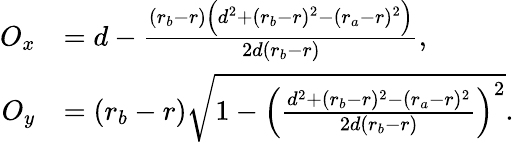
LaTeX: \begin{array}{rl}{O_{x}}&{=d-\frac{(r_{b}-r)\Big(d^{2}+(r_{b}-r)^{2}-(r_{a}-r)^{2}\Big)}{2d(r_{b}-r)},}\\ {O_{y}}&{=(r_{b}-r)\sqrt{1-\Big(\frac{d^{2}+(r_{b}-r)^{2}-(r_{a}-r)^{2}}{2d(r_{b}-r)}\Big)^{2}}.}\end{array}